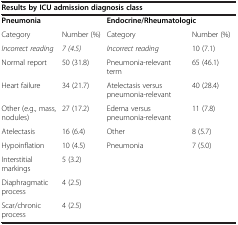
| <COLSPAN=4> Results by ICU admission diagnosis class |
 | --- | --- | --- | --- |
 | <COLSPAN=2> Pneumonia | <COLSPAN=2> Endocrine/Rheumatologic |
 | Category | Number (%) | Category | Number (%) |
 | Incorrect reading | 7 (4.5) | Incorrect reading | 10 (7.1) |
 | Normal report | 50 (31.8) | Pneumonia-relevant term | 65 (46.1) |
 | Heart failure | 34 (21.7) | Atelectasis versus pneumonia-relevant | 40 (28.4) |
 | Other (e.g., mass, nodules) | 27 (17.2) | Edema versus pneumonia-relevant | 11 (7.8) |
 | Atelectasis | 16 (6.4) | Other | 8 (5.7) |
 | Hypoinflation | 10 (4.5) | Pneumonia | 7 (5.0) |
 | Interstitial markings | 5 (3.2) |  |  |
 | Diaphragmatic process | 4 (2.5) |  |  |
 | Scar/chronic process | 4 (2.5) |  |  |